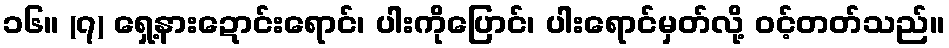
၁၆။ (၇) ရှေ့နားဍောင်းရောင်၊ ပါးကိုပြောင်၊ ပါးရောင်မှတ်လို့ ဝင့်တတ်သည်။